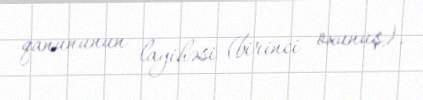
qanununun layihəsi (birinci oxunuş).